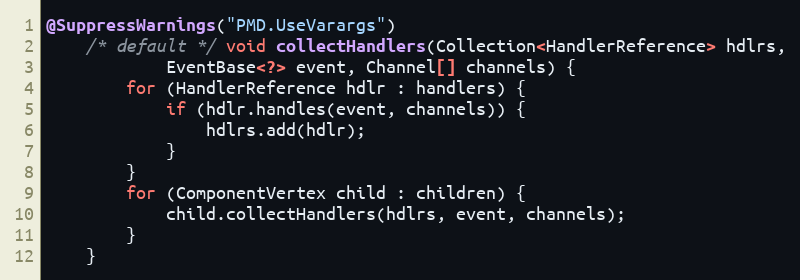
Language: Java
@SuppressWarnings("PMD.UseVarargs")
    /* default */ void collectHandlers(Collection<HandlerReference> hdlrs,
            EventBase<?> event, Channel[] channels) {
        for (HandlerReference hdlr : handlers) {
            if (hdlr.handles(event, channels)) {
                hdlrs.add(hdlr);
            }
        }
        for (ComponentVertex child : children) {
            child.collectHandlers(hdlrs, event, channels);
        }
    }